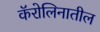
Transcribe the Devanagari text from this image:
कॅरोलिनातील